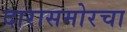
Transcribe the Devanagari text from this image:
दारासमोरचा